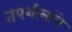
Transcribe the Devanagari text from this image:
तपशीलांचे